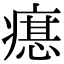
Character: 𤹛